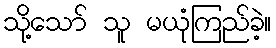
သို့သော် သူ မယုံကြည်ခဲ့။